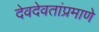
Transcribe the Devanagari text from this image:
देवदेवतांप्रमाणे